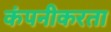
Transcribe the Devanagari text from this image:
कंपनीकरता